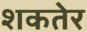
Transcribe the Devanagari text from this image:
शकतेर